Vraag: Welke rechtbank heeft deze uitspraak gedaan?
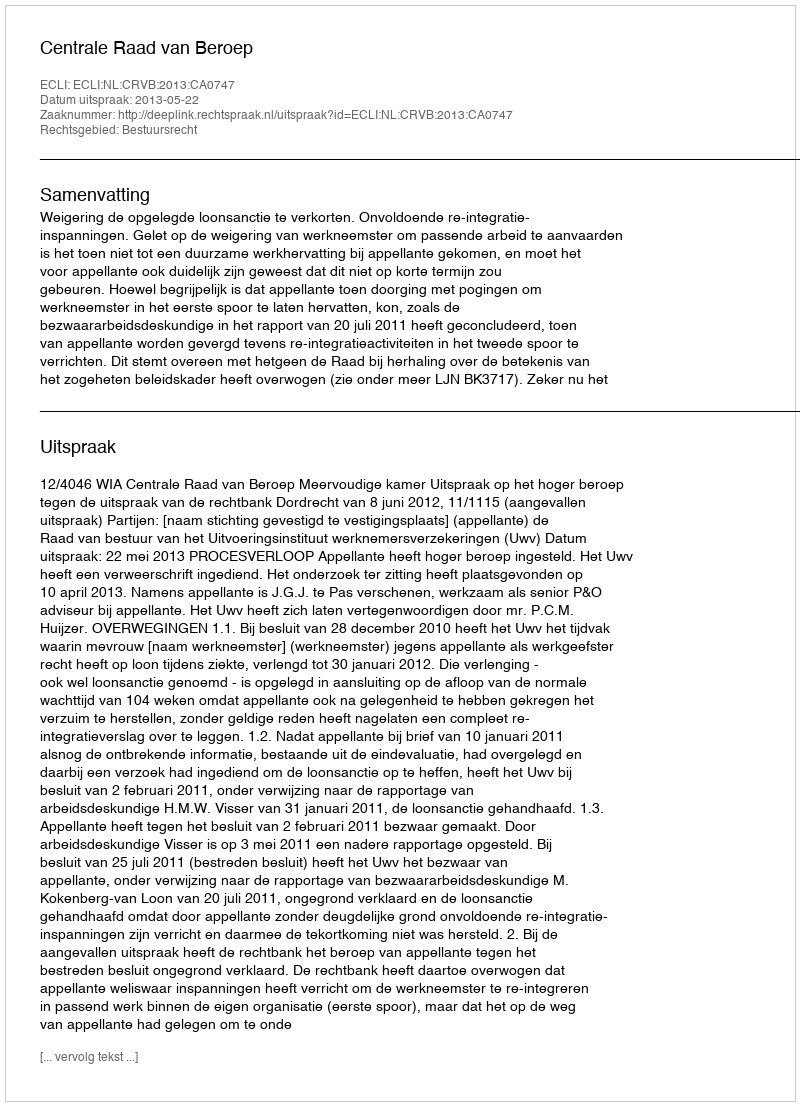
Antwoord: Centrale Raad van Beroep